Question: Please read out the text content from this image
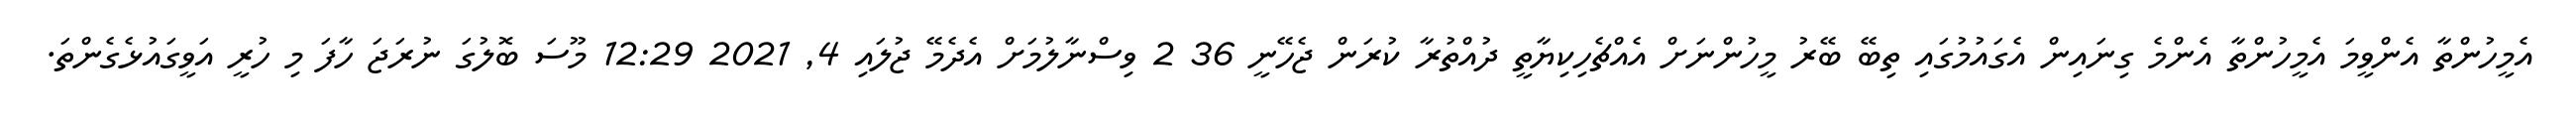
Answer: އެމީހުންތާ އެންވީމަ އެމީހުންތާ އެންމެ ގިނައިން އެގައުމުގައި ތިބޭ ބޭރު މީހުންނަށް އެއްޗެހިކިޔާތީ ދުއްތުރާ ކުރަން ޖެހޭނީ 36 2 ވިސްނާލުމަށް އެދެމޭ ޖުލައި 4, 2021 12:29 މޫސަ ބޮލުގަ ނުރަޖަ ހާފަ މި ހުރީ އަވީގައުޅެގެންތަ.